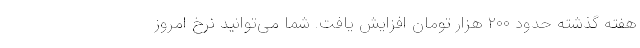
هفته گذشته حدود ۲۰۰ هزار تومان افزایش یافت. شما می‌توانید نرخ امروز